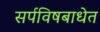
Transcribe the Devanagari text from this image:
सर्पविषबाधेत